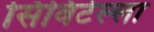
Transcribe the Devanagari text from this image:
सिविटेल्ला